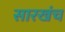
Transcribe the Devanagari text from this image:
सारखंच